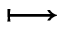
\longmapsto